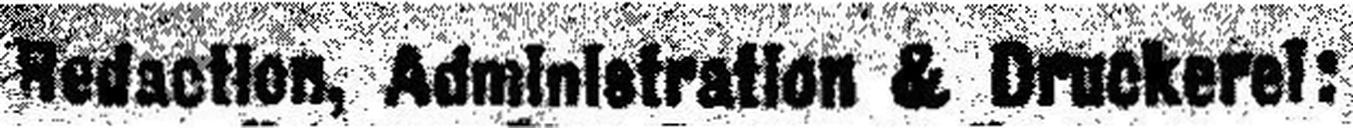
Redaction, Administration & Druckerei: